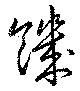
饑